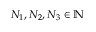
N _ { 1 } , N _ { 2 } , N _ { 3 } \in \mathbb { N }